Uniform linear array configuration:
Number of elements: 12
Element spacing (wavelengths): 0.75
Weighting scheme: cosine
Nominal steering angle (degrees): -15
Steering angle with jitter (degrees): -15.282
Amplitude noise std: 0.05
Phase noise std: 0.05

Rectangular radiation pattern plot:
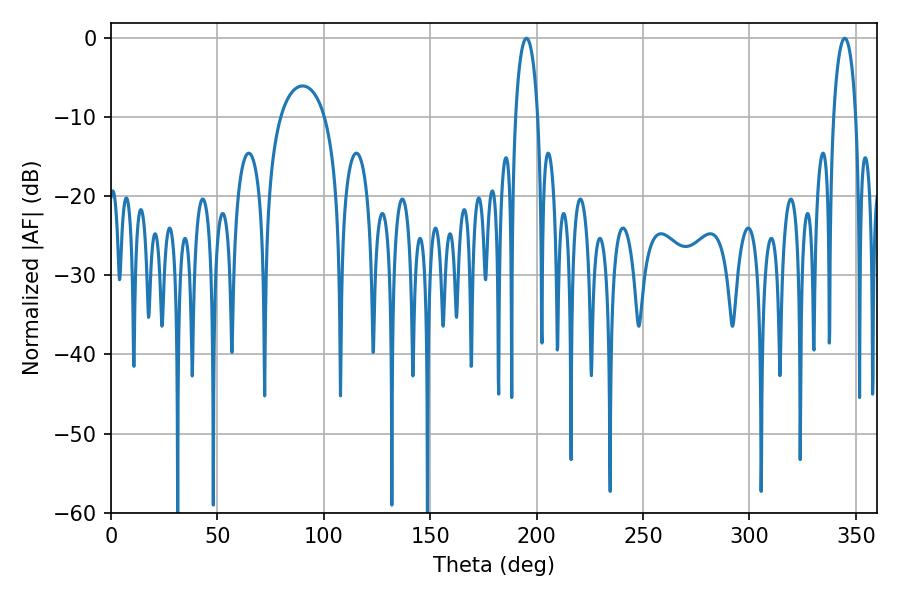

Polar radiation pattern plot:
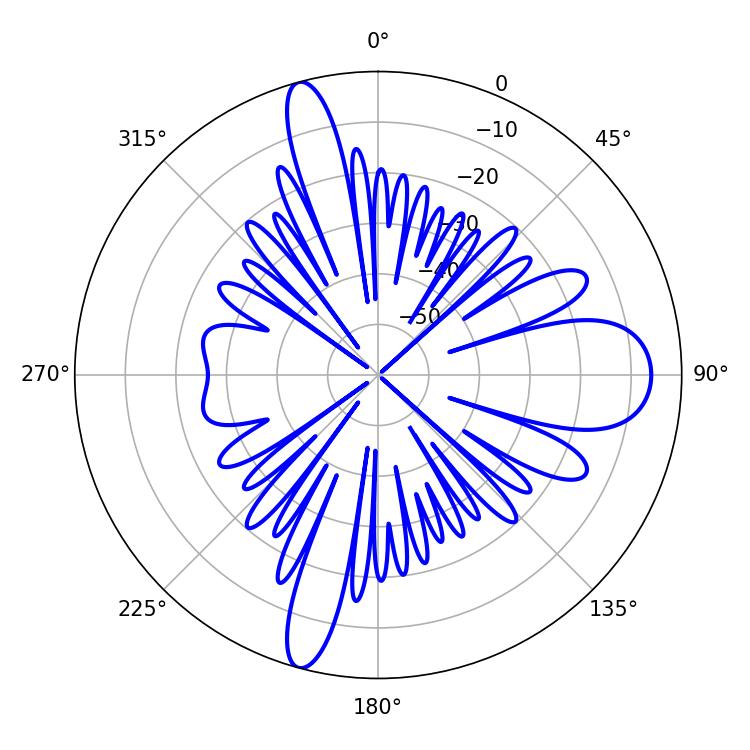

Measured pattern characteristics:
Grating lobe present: TRUE
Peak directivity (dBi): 18.941
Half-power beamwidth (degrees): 5.94
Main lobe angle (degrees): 344.7